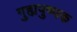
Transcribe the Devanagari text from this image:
गुह्यपुष्पक